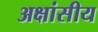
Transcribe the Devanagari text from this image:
अक्षांसीय